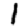
Digit: 1